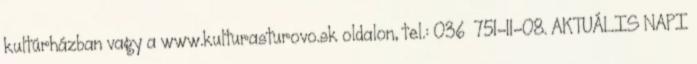
kultúrházban vagy a www.kulturasturovo.sk oldalon, tel.: 036 751-11-08. AKTUÁLIS NAPI